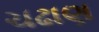
ચઢાણ